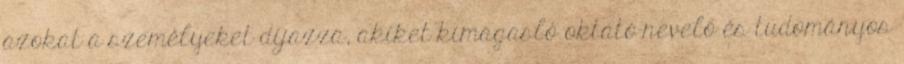
azokat a személyeket díjazza, akiket kimagasló oktató-nevelő és tudományos